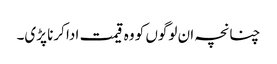
چنانچہ ان لوگوں کو وہ قیمت ادا کرنا پڑی۔